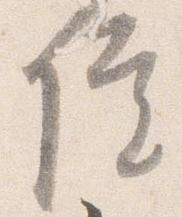
院